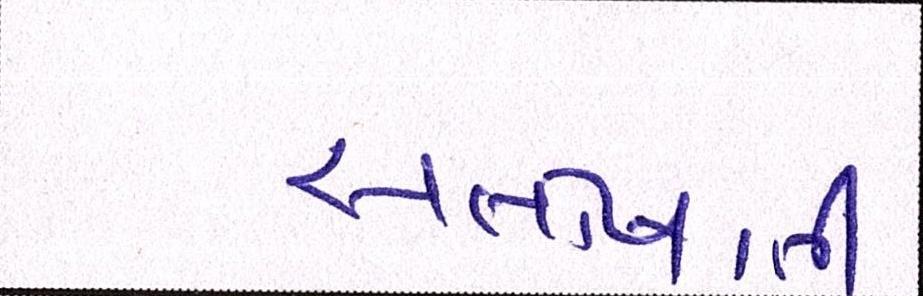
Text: સંતોષાતી